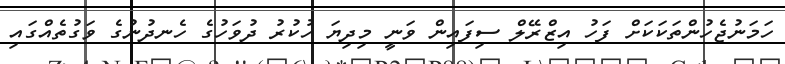
ހަމަނުޖެހުންތަކަކަށް ފަހު އިޒްރޭލް ސިފައިން ވަނީ މިދިޔަ ހުކުރު ދުވަހުގެ ހެނދުނުގެ ވަގުތެއްގައި